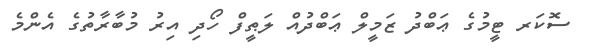
ސޮކަރ ޓީމުގެ ޢަބްދު ޒަމީލް ޢަބްދުއް ލަޠީފް ހޯދި އިރު މުބާރާތުގެ އެންމެ